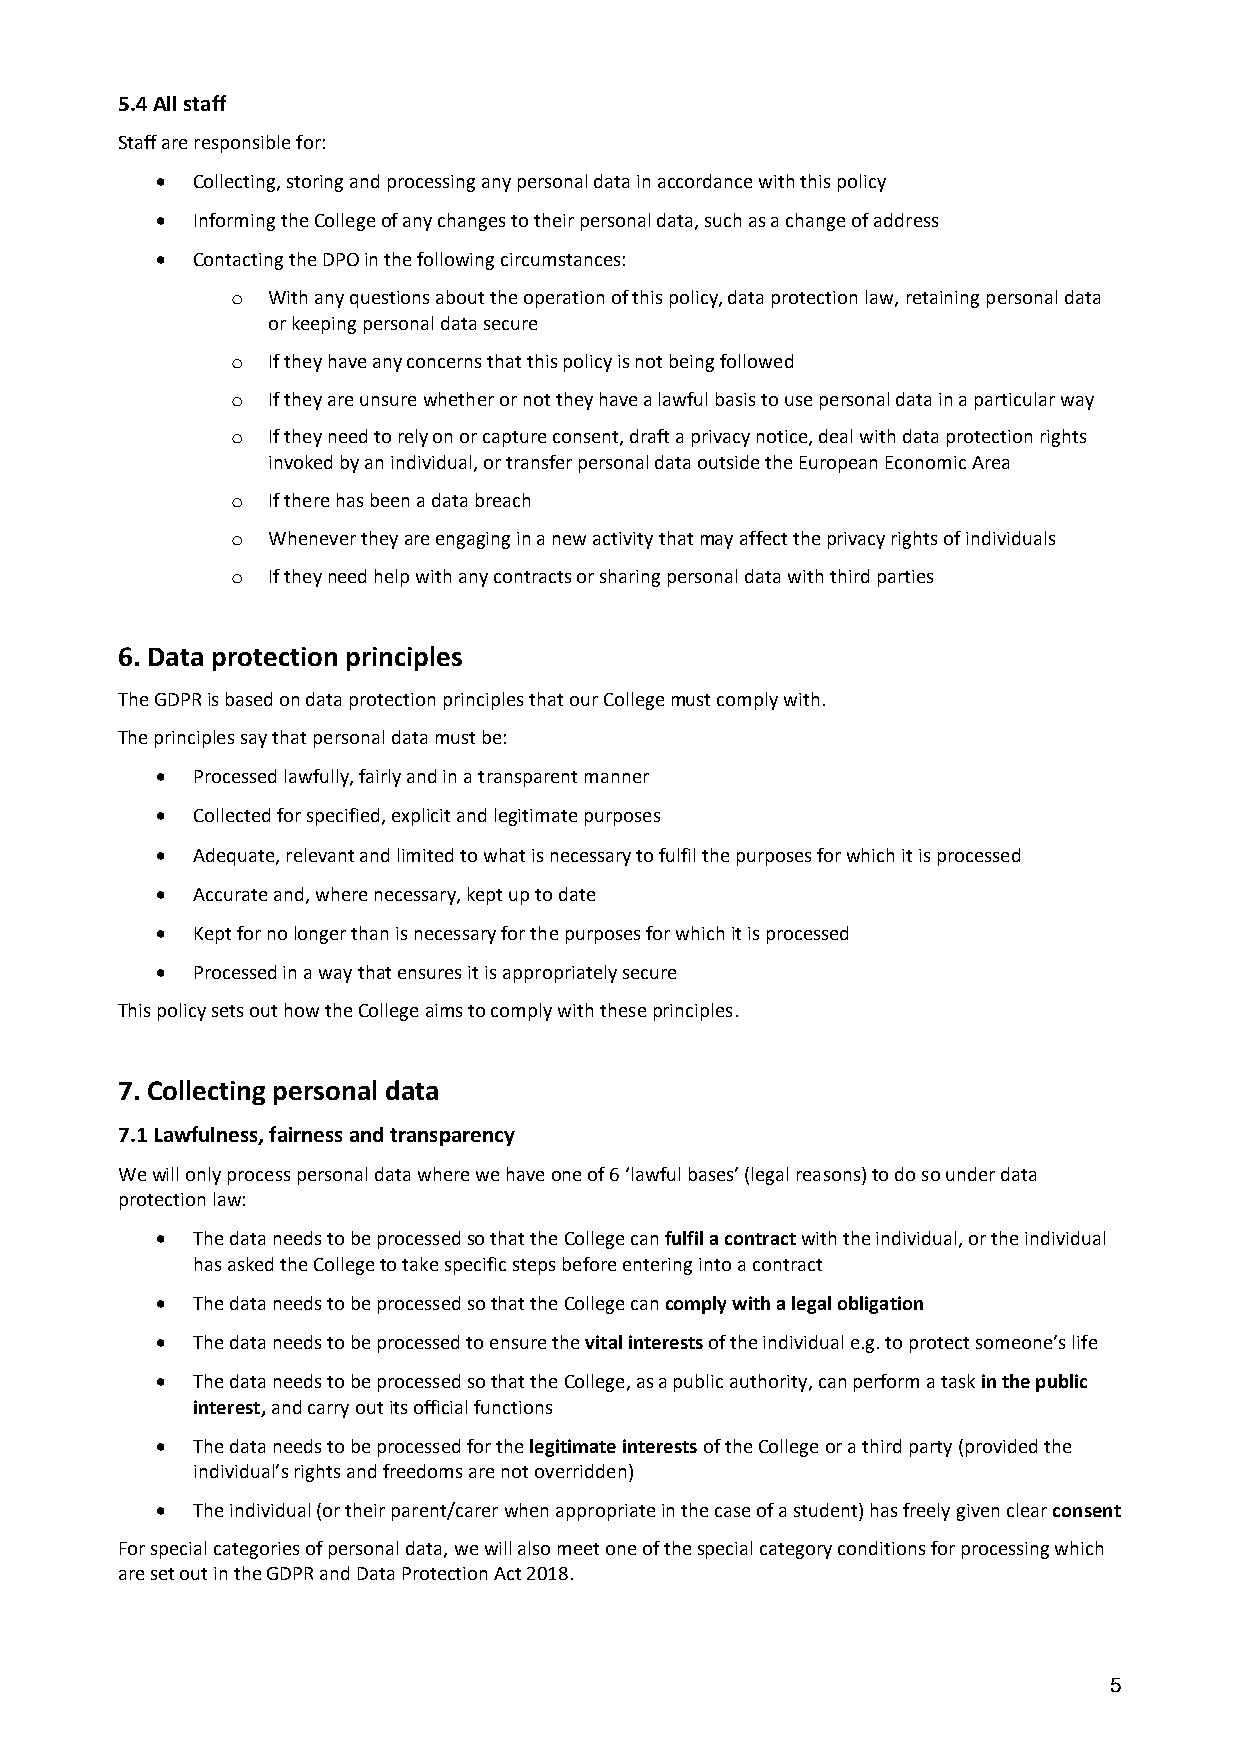
5.4 All staff
 Staff are responsible for:
 •  Collecting, storing and processing any personal data in accordance with this policy
 •  Informing the College of any changes to their personal data, such as a change of address
 •  Contacting the DPO in the following circumstances:
 o  With any questions about the operation of this policy, data protection law, retaining personal data
 or keeping personal data secure
 o  If they have any concerns that this policy is not being followed
 o  If they are unsure whether or not they have a lawful basis to use personal data in a particular way
 o  If they need to rely on or capture consent, draft a privacy notice, deal with data protection rights
 invoked by an individual, or transfer personal data outside the European Economic Area
 o  If there has been a data breach
 o  Whenever they are engaging in a new activity that may affect the privacy rights of individuals
 o  If they need help with any contracts or sharing personal data with third parties
 6. Data protection principles
 The GDPR is based on data protection principles that our College must comply with.
 The principles say that personal data must be:
 •  Processed lawfully, fairly and in a transparent manner
 •  Collected for specified, explicit and legitimate purposes
 •  Adequate, relevant and limited to what is necessary to fulfil the purposes for which it is processed
 •  Accurate and, where necessary, kept up to date
 •  Kept for no longer than is necessary for the purposes for which it is processed
 •  Processed in a way that ensures it is appropriately secure
 This policy sets out how the College aims to comply with these principles.
 7. Collecting personal data
 7.1 Lawfulness, fairness and transparency
 We will only process personal data where we have one of 6 ‘lawful bases’ (legal reasons) to do so under data
 protection law:
 •  The data needs to be processed so that the College can fulfil a contract with the individual, or the individual
 has asked the College to take specific steps before entering into a contract
 •  The data needs to be processed so that the College can comply with a legal obligation
 •  The data needs to be processed to ensure the vital interests of the individual e.g. to protect someone’s life
 •  The data needs to be processed so that the College, as a public authority, can perform a task in the public
 interest, and carry out its official functions
 •  The data needs to be processed for the legitimate interests of the College or a third party (provided the
 individual’s rights and freedoms are not overridden)
 •  The individual (or their parent/carer when appropriate in the case of a student) has freely given clear consent
 For special categories of personal data, we will also meet one of the special category conditions for processing which
 are set out in the GDPR and Data Protection Act 2018.
 5